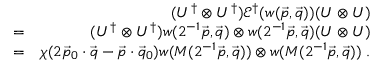
\begin{array} { r l r } & { } & { ( U ^ { \dag } \otimes U ^ { \dag } ) \mathcal { E } ^ { \dag } ( w ( \vec { p } , \vec { q } ) ) ( U \otimes U ) } \\ & { = } & { ( U ^ { \dag } \otimes U ^ { \dag } ) w ( 2 ^ { - 1 } \vec { p } , \vec { q } ) \otimes w ( 2 ^ { - 1 } \vec { p } , \vec { q } ) ( U \otimes U ) } \\ & { = } & { \chi ( 2 \vec { p } _ { 0 } \cdot \vec { q } - \vec { p } \cdot \vec { q } _ { 0 } ) w ( M ( 2 ^ { - 1 } \vec { p } , \vec { q } ) ) \otimes w ( M ( 2 ^ { - 1 } \vec { p } , \vec { q } ) ) \; . } \end{array}